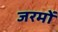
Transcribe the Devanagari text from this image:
जरमों